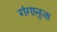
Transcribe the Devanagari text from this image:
गंगानुजा